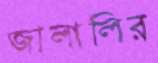
জালালির